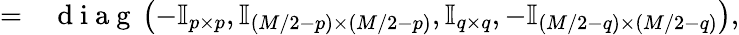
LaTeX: \begin{array}{rl}{=}&{{}\mathrm{~d~i~a~g~}\left(-\mathbb{I}_{p\times p},\mathbb{I}_{(M/2-p)\times(M/2-p)},\mathbb{I}_{q\times q},-\mathbb{I}_{(M/2-q)\times(M/2-q)}\right),}\end{array}